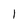
Character: l